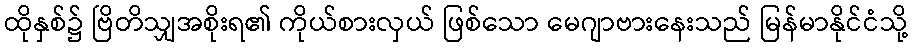
ထိုနှစ်၌ ဗြိတိသျှအစိုးရ၏ ကိုယ်စားလှယ် ဖြစ်သော မေဂျာဗားနေးသည် မြန်မာနိုင်ငံသို့